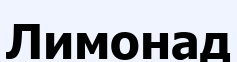
Лимонад